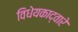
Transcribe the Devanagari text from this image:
विधेयकाद्वारे